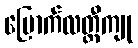
မြောက်လတ္တီကျု